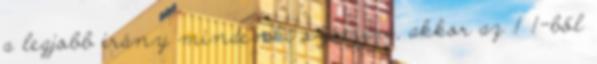
a legjobb irány mindenki számára, akkor az 1 1-ből